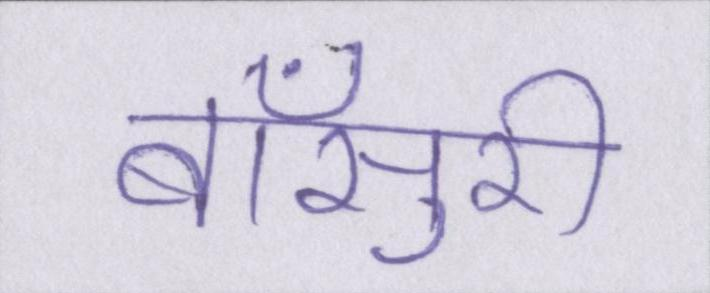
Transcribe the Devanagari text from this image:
बाँसुरी